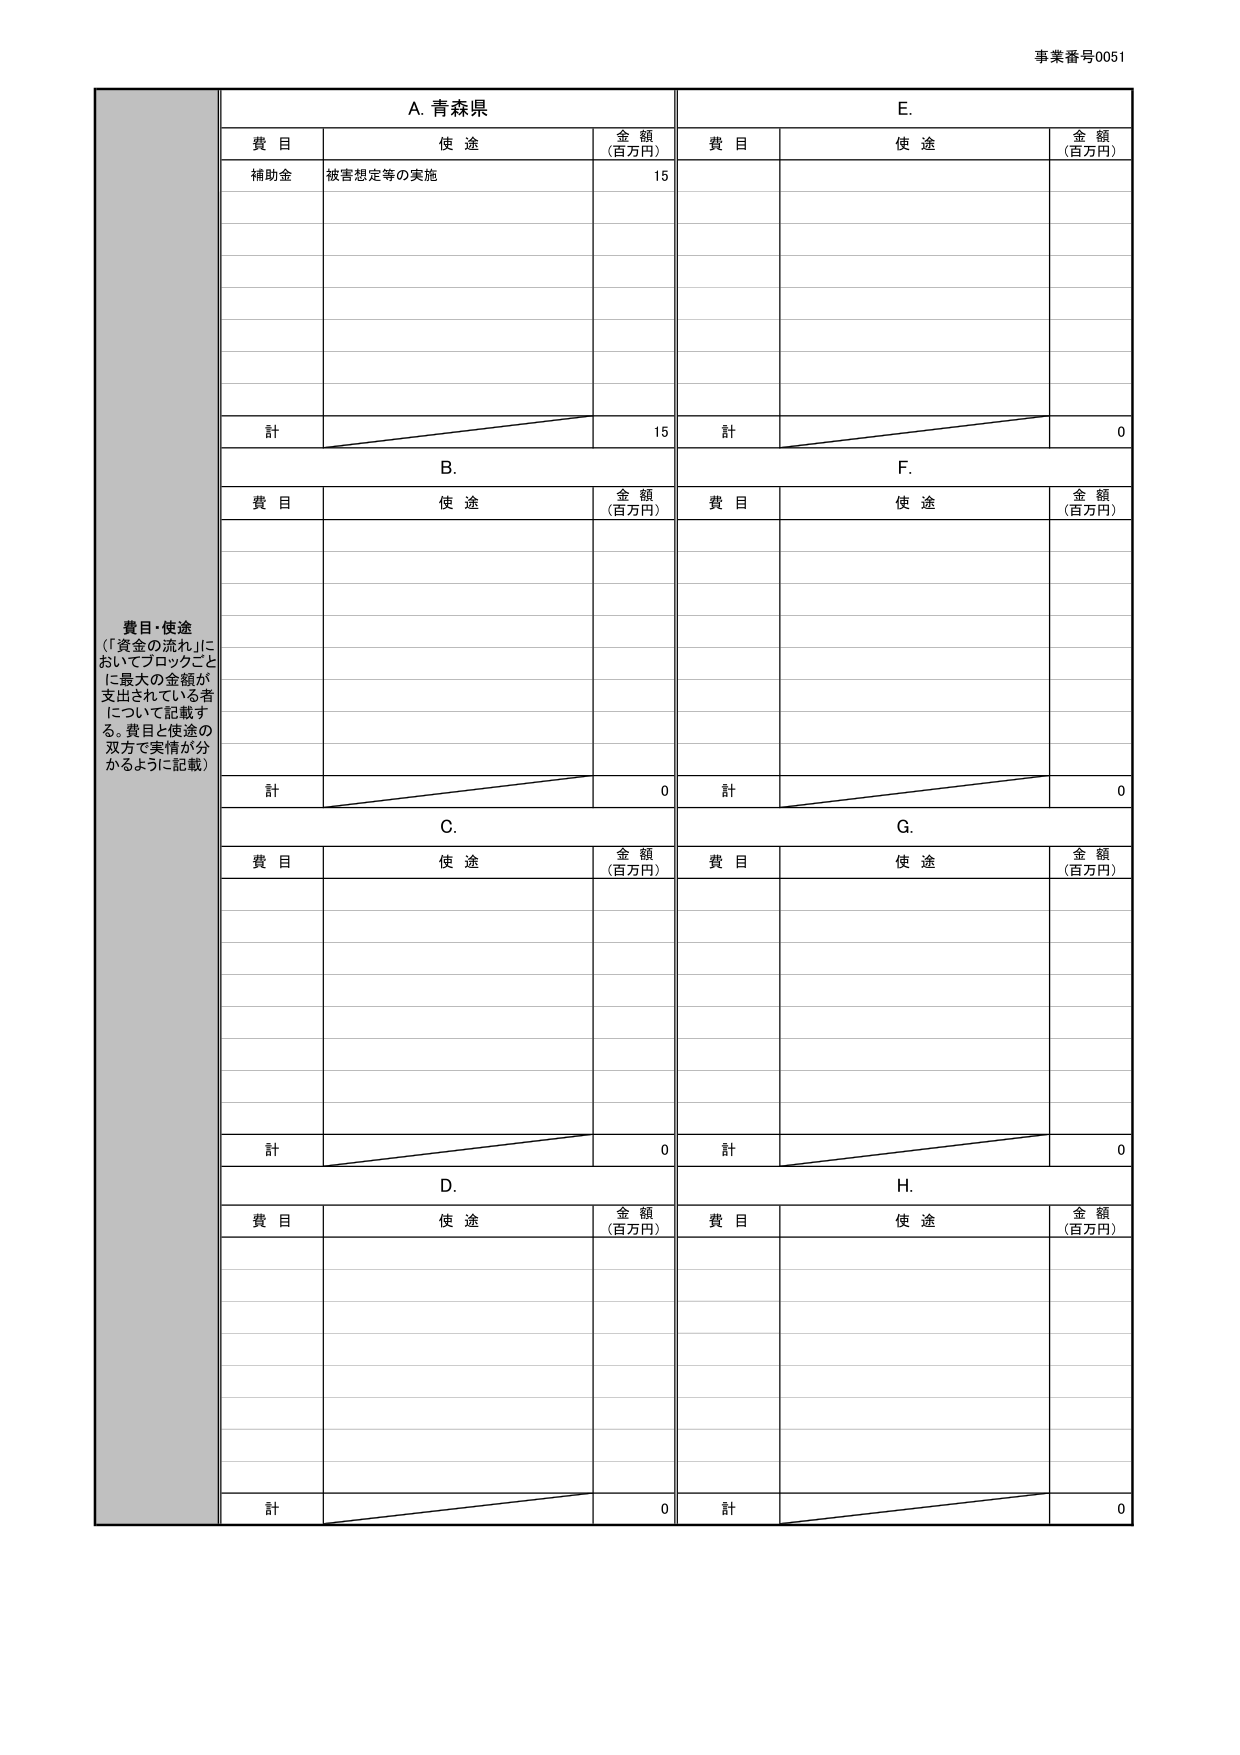
事業番号0051

費目・使途
（「資金の流れ」においてブロックごとに最大の金額が支出されている者について記載する。費目と使途の双方で実情が分かるように記載）

A. 青森県
費目　　使途　　金額（百万円）
補助金　被害想定等の実施　15
計　　　　　　　　　　　15

B.
費目　　使途　　金額（百万円）
計　　　　　　　　　　　0

C.
費目　　使途　　金額（百万円）
計　　　　　　　　　　　0

D.
費目　　使途　　金額（百万円）
計　　　　　　　　　　　0

E.
費目　　使途　　金額（百万円）
計　　　　　　　　　　　0

F.
費目　　使途　　金額（百万円）
計　　　　　　　　　　　0

G.
費目　　使途　　金額（百万円）
計　　　　　　　　　　　0

H.
費目　　使途　　金額（百万円）
計　　　　　　　　　　　0